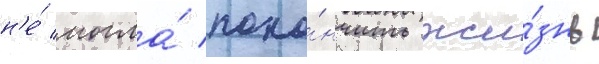
н'е́ могла́ поко́нчить жи́знь